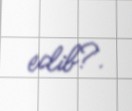
edib?.